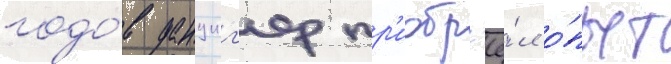
годо́в данциг'ер пр'иобр'ё́л о́пыт